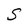
Character: S